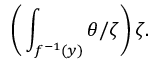
{ \bigg ( } \int _ { f ^ { - 1 } ( y ) } \theta / \zeta { \bigg ) } \, \zeta .